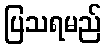
ပြသရမည်